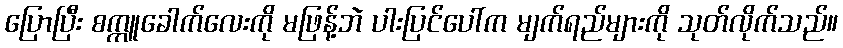
ပြောပြီး စက္ကူခေါက်လေးကို မဖြန့်ဘဲ ပါးပြင်ပေါ်က မျက်ရည်များကို သုတ်လိုက်သည်။